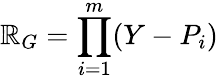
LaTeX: \mathbb{R}_{G}=\prod_{i=1}^{m}(Y-P_{i})